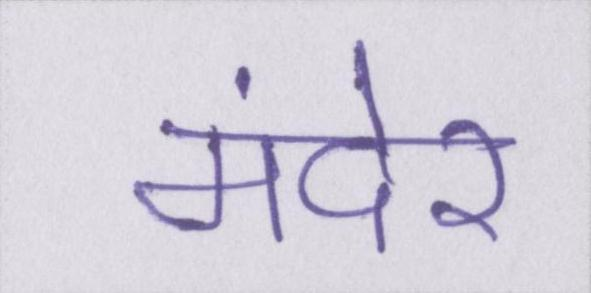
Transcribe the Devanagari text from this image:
मंदेर